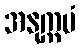
အနုက္ကမံ